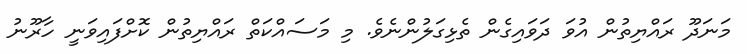
މަނަދޫ ރައްޔިތުން އުވަ ދަވައިގެން ތެޅިގަލުންނެވެ. މި މަސައްކަތް ރައްޔިތުން ކޮށްފައިވަނީ ހާރޫނު